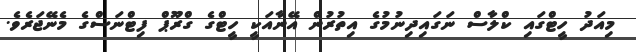
މިއަދު ހީޓްގައި ކްލާސް ނަގައިދިނުމުގެ އިތުރުން އޭނާއަކީ ހީޓްގެ ގްރޫޕް ފިޓްނަސްގެ މެނޭޖަރެވެ.